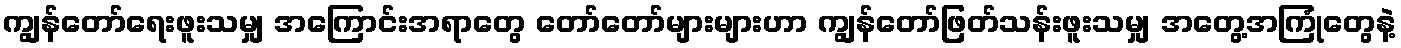
ကျွန်တော်ရေးဖူးသမျှ အကြောင်းအရာတွေ တော်တော်များများဟာ ကျွန်တော်ဖြတ်သန်းဖူးသမျှ အတွေ့အကြုံတွေနဲ့